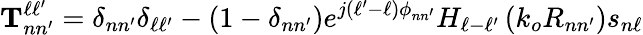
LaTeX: \mathbf{T}_{nn^{\prime}}^{\ell\ell^{\prime}}=\delta_{nn^{\prime}}\delta_{\ell\ell^{\prime}}-\left(1-\delta_{nn^{\prime}}\right)e^{j\left(\ell^{\prime}-\ell\right)\phi_{nn^{\prime}}}H_{\ell-\ell^{\prime}}\left(k_{o}R_{nn^{\prime}}\right)s_{n\ell}